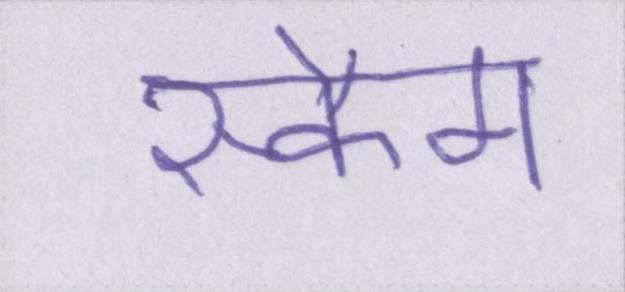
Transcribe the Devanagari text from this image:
स्कैम